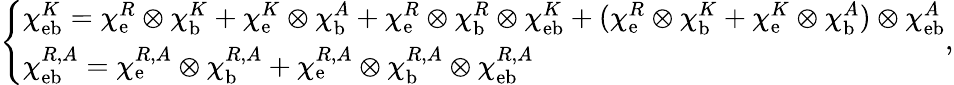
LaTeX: \left\{ \begin{array}{l}{\chi_{\mathrm{eb}}^{K}=\chi_{\mathrm{e}}^{R}\otimes\chi_{\mathrm{b}}^{K}+\chi_{\mathrm{e}}^{K}\otimes\chi_{\mathrm{b}}^{A}+\chi_{\mathrm{e}}^{R}\otimes\chi_{\mathrm{b}}^{R}\otimes\chi_{\mathrm{eb}}^{K}+(\chi_{\mathrm{e}}^{R}\otimes\chi_{\mathrm{b}}^{K}+\chi_{\mathrm{e}}^{K}\otimes\chi_{\mathrm{b}}^{A})\otimes\chi_{\mathrm{eb}}^{A}}\\ {\chi_{\mathrm{eb}}^{R,A}=\chi_{\mathrm{e}}^{R,A}\otimes\chi_{\mathrm{b}}^{R,A}+\chi_{\mathrm{e}}^{R,A}\otimes\chi_{\mathrm{b}}^{R,A}\otimes\chi_{\mathrm{eb}}^{R,A}}\end{array}\right.,